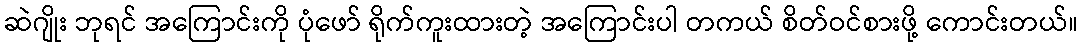
ဆဲဂျိုး ဘုရင် အကြောင်းကို ပုံဖော် ရိုက်ကူးထားတဲ့ အကြောင်းပါ တကယ် စိတ်ဝင်စားဖို့ ကောင်းတယ်။